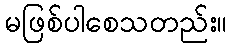
မဖြစ်ပါစေသတည်း။